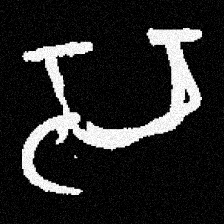
Pyu character \u2014 Myanmar letter: သ (romanized: sa)